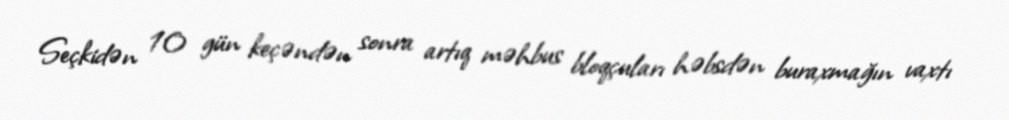
Seçkidən 10 gün keçəndən sonra artıq məhbus bloqçuları həbsdən buraxmağın vaxtı